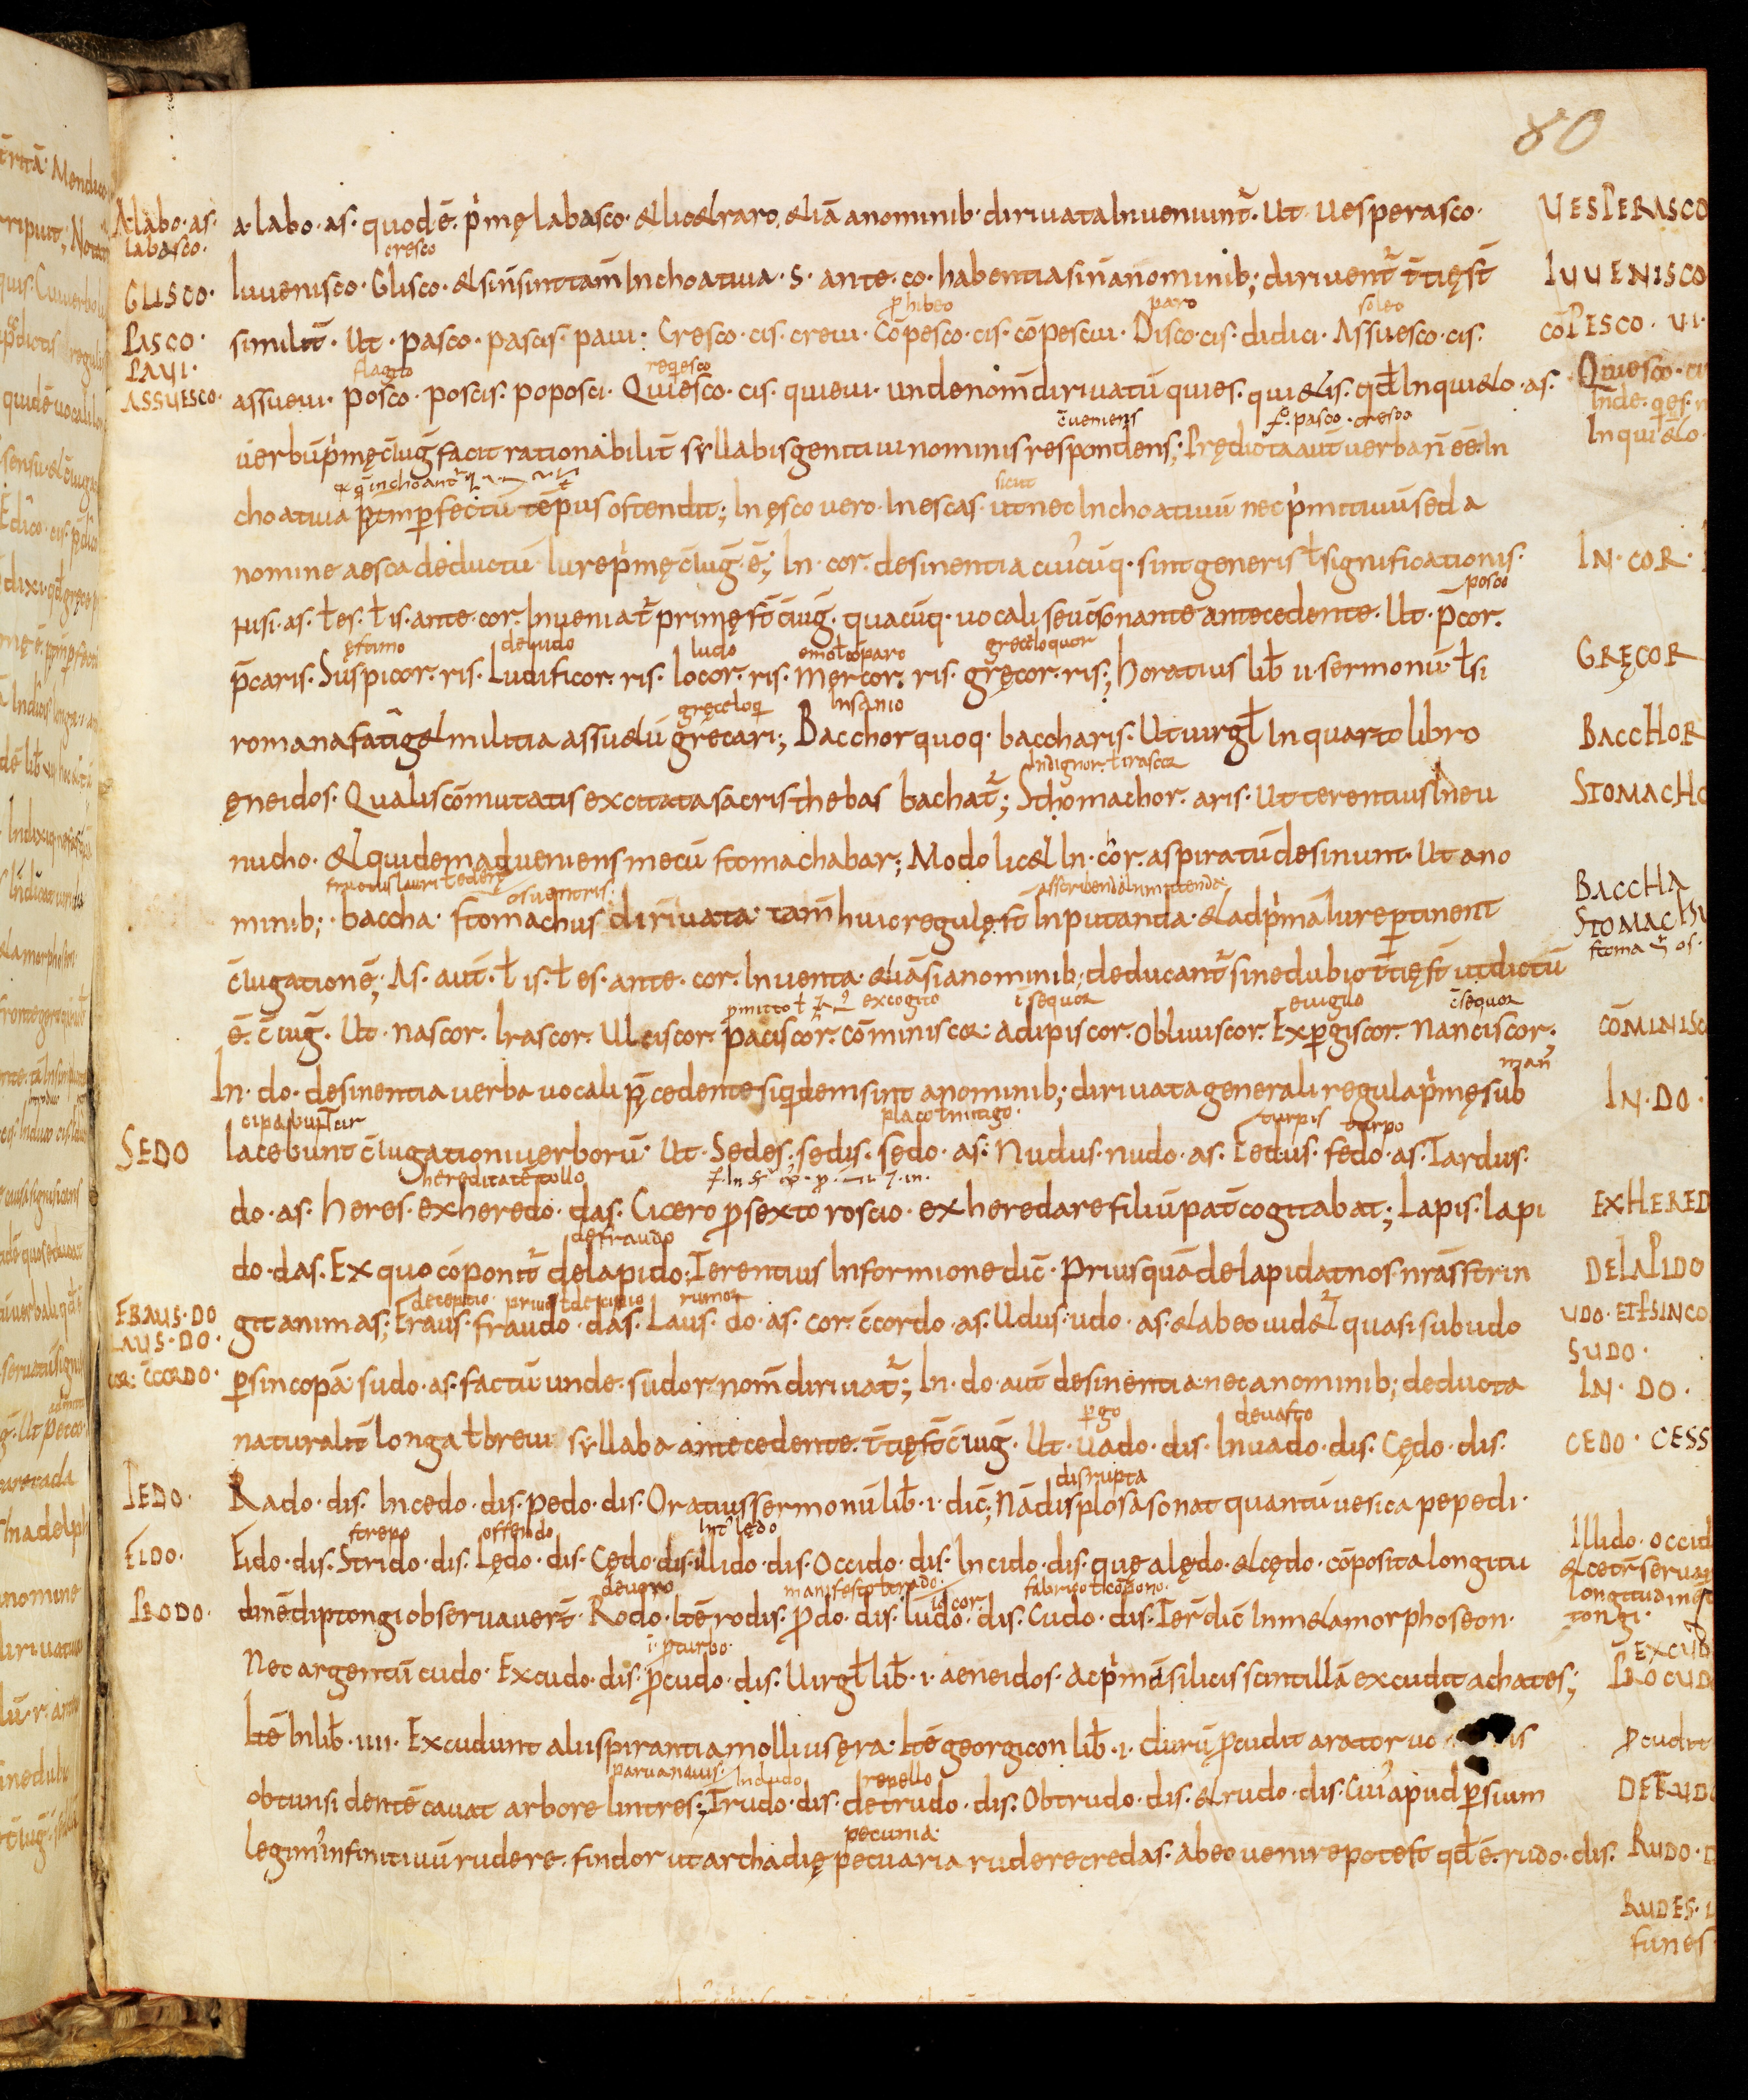
Shelfmark: Bamberg, Staatsbibliothek, MS Class. 30
Century: 9